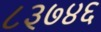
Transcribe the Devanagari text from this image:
८३७४६